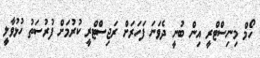
ހޯމް މިނިސްޓްރީ އިން ބުނީ ދެވަނަ ފަހަރަށް ރަޖިސްޓްރީ ކުރުމަށް ފުރުސަތު ހުޅުވާލީ